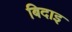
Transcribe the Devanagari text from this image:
बिदाइ